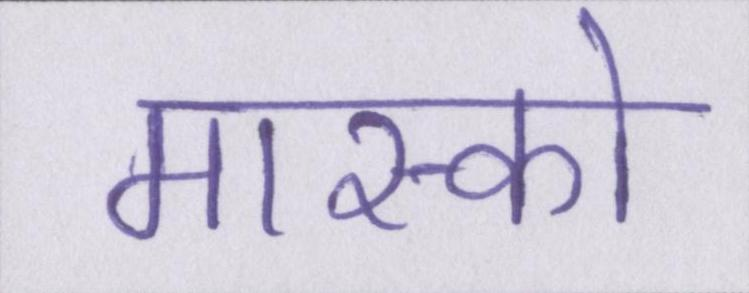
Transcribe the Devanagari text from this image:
मास्को